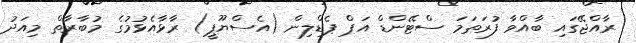
ރާއްޖޭގައި ބާއްވާ ފުރަތަމަ ސްޓޭންޑް އަޕް ޕެޑްލިން (އެސްޔޫޕީ) ރާޅާއެޅުމުގެ މުބާރާތް މިއަދު